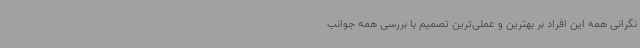
نگرانی همه این افراد بر بهترین و عملی‌ترین تصمیم با بررسی همه جوانب